Document type: Clause in a will
Year: 1320
Scribe: Francesc de Torre
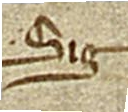
Sig